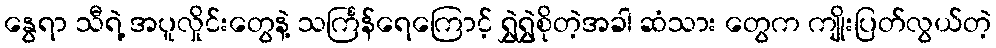
နွေရာ သီရဲ့ အပူလှိုင်းတွေနဲ့ သင်္ကြန်ရေကြောင့် ရွှဲရွှဲစိုတဲ့အခါ ဆံသား တွေက ကျိုးပြတ်လွယ်တဲ့